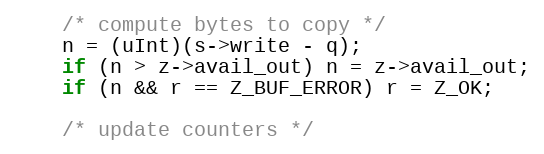
Language: C
    /* compute bytes to copy */
    n = (uInt)(s->write - q);
    if (n > z->avail_out) n = z->avail_out;
    if (n && r == Z_BUF_ERROR) r = Z_OK;

    /* update counters */